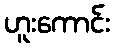
ဟူးကောင်း